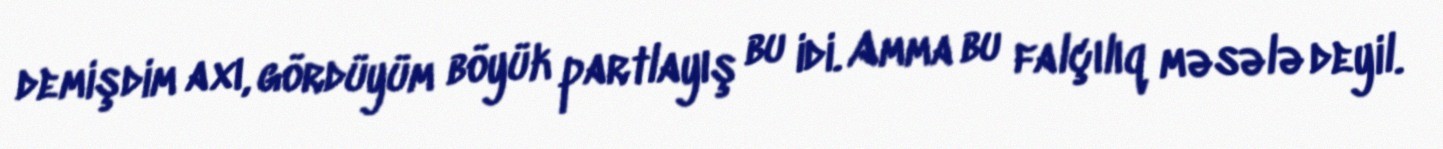
demişdim axı, gördüyüm böyük partlayış bu idi. Amma bu falçılıq məsələ deyil.